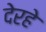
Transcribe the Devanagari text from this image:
देरहे